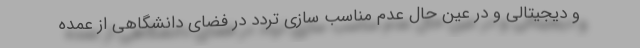
و دیجیتالی و در عین حال عدم مناسب سازی تردد در فضای دانشگاهی از عمده